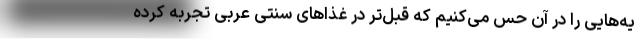
یه‌هایی را در آن حس می‌کنیم که قبل‌تر در غذاهای سنتی عربی تجربه کرده